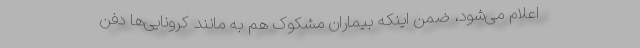
اعلام می‌شود، ضمن اینکه بیماران مشکوک هم به مانند کرونایی‌ها دفن